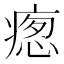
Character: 𭼚